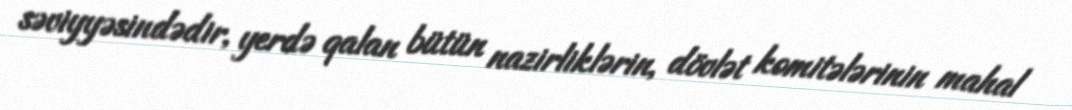
səviyyəsindədir, yerdə qalan bütün nazirliklərin, dövlət komitələrinin mahal